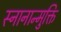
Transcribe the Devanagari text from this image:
स्नानान्मुक्ति